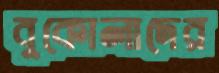
বুকোলাদের